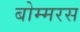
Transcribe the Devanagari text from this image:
बोम्मरस